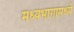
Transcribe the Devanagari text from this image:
मध्यभागामध्ये